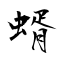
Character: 蝑